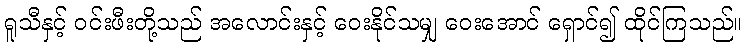
ရူသီနှင့် ဝင်းဖီးတို့သည် အလောင်းနှင့် ဝေးနိုင်သမျှ ဝေးအောင် ရှောင်၍ ထိုင်ကြသည်။